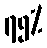
၇၅%